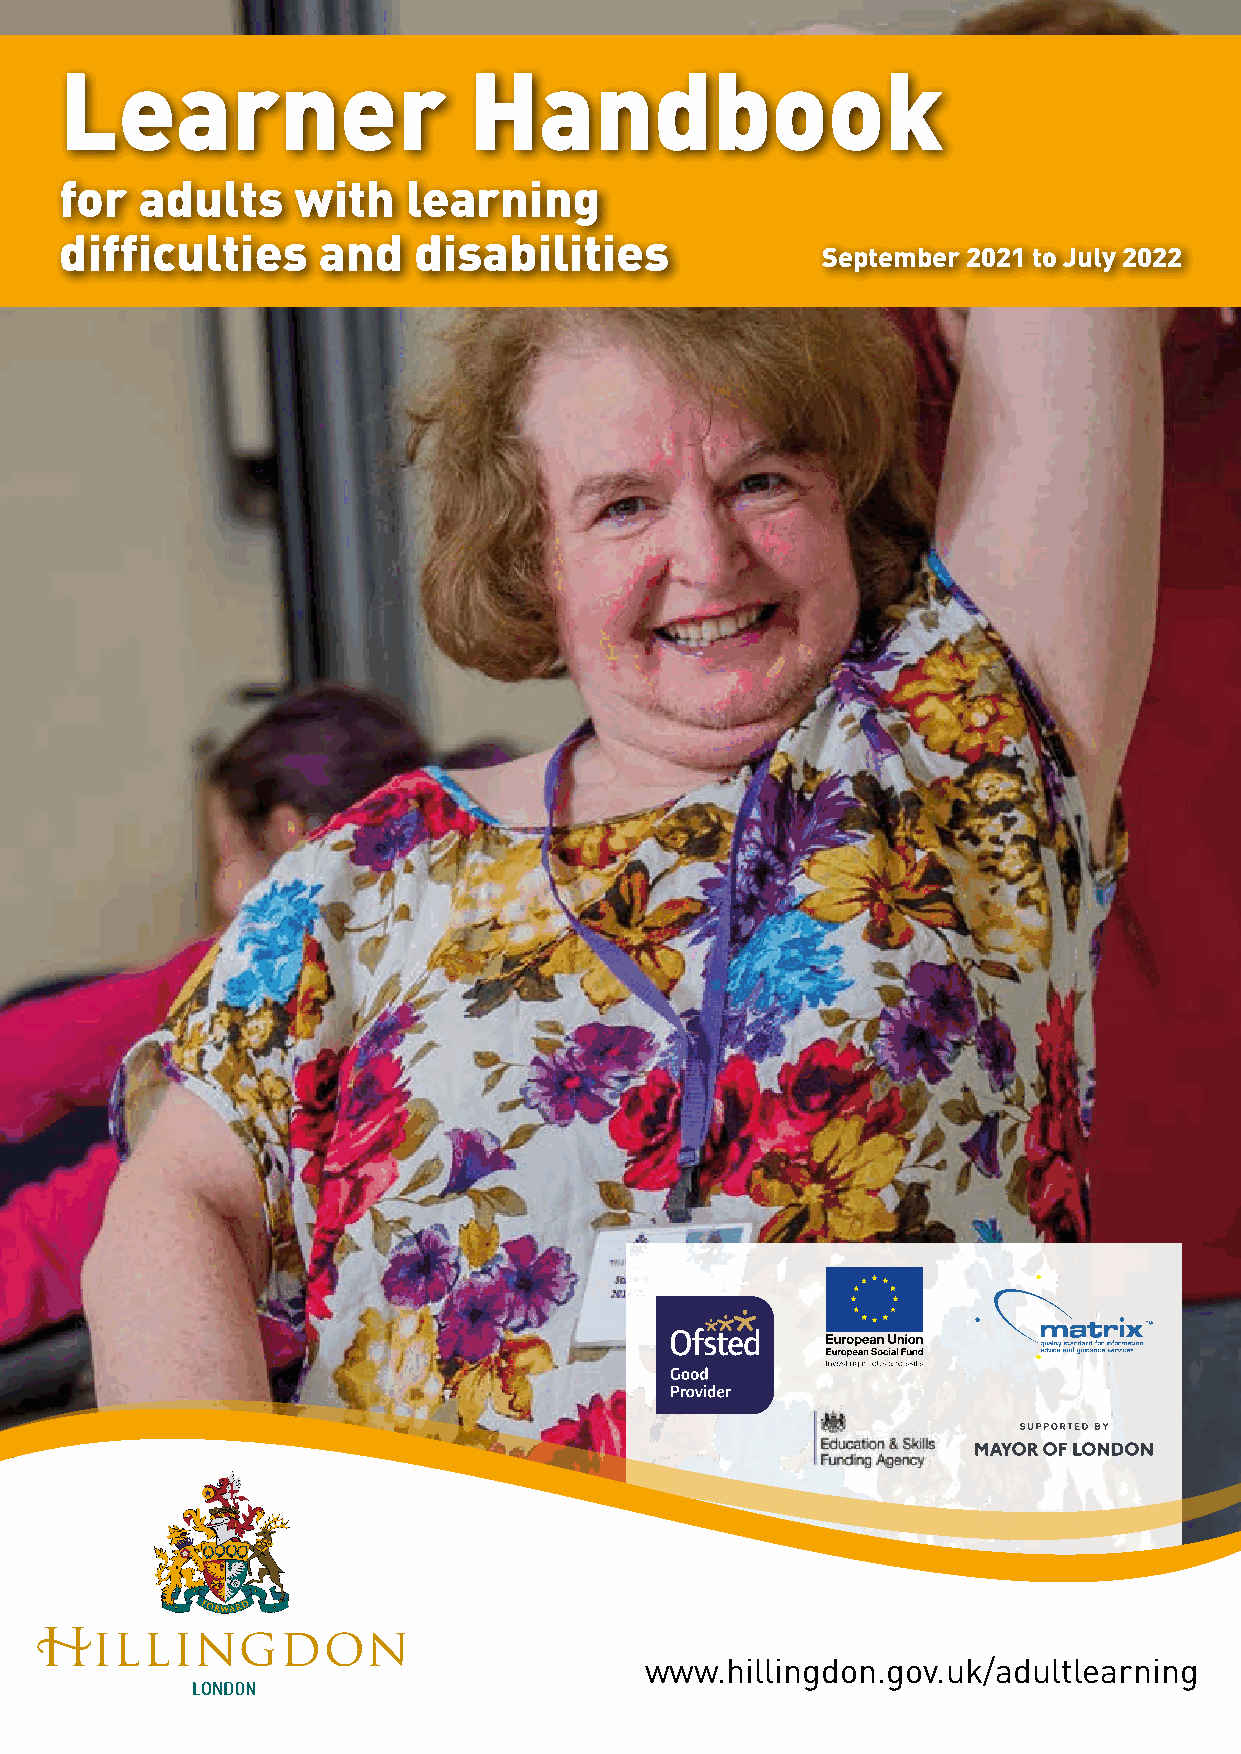
Learner                    Handbook
 for  adults    with    learning
 difficulties     and   disabilities
 September 2021 to July 2022
 www.hillingdon.gov.uk/adultlearning